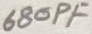
Text: 680pF